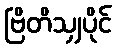
ဗြိတိသျှပိုင်